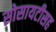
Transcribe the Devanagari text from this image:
सोसायटीसह